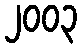
၂၀၀၃